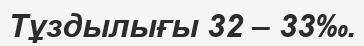
Тұздылығы 32 – 33‰.